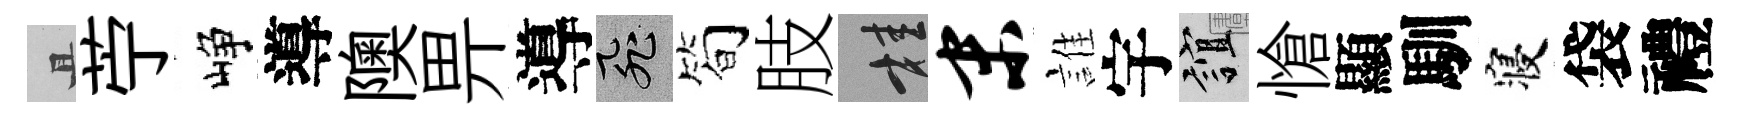
且苧峥導隩畀導飛简肢桂末誰宇誼愴顯馴寝袋禮